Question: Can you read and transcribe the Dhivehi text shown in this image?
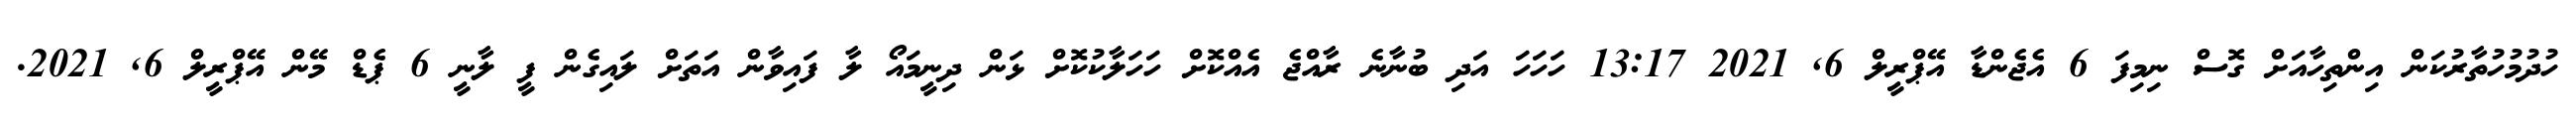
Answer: ހުދުމުހުތާރުކަން އިންތިހާއަށް ގޮސް ނިމިފަ 6 އެޖެންޑާ އޭޕްރީލް 6, 2021 13:17 ހަހަހަ އަދި ބުނާނެ ރާއްޖެ އެއްކޮށް ހަހަލާކުކޮށް ޅަން ދިނީމައޯ ލާ ފައިވާން އަތަށް ލައިގެން ފީ ލާނީ 6 ޕެޑް މޭން އޭޕްރީލް 6, 2021.